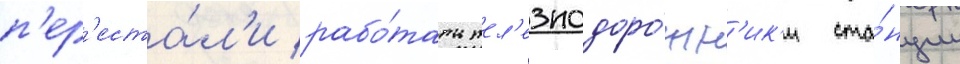
п'ер'еста́л'и рабо́тать жел'езнодоро́жн'ик'и ста́нции